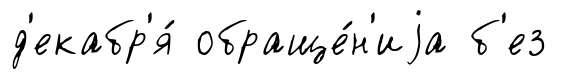
д'екабр'я́ обраще́н'иjа б'ез